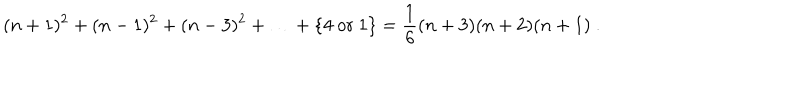
( n + 1 ) ^ { 2 } + ( n - 1 ) ^ { 2 } + ( n - 3 ) ^ { 2 } + \ldots + \{ 4 \ \mathrm { o r } \ 1 \} = \frac { 1 } { 6 } ( n + 3 ) ( n + 2 ) ( n + 1 ) \ .